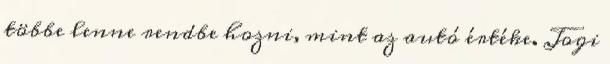
többe lenne rendbe hozni, mint az autó értéke. Jogi